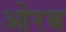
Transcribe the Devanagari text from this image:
ओरब